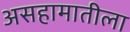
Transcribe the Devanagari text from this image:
असहामातीला